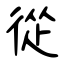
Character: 從